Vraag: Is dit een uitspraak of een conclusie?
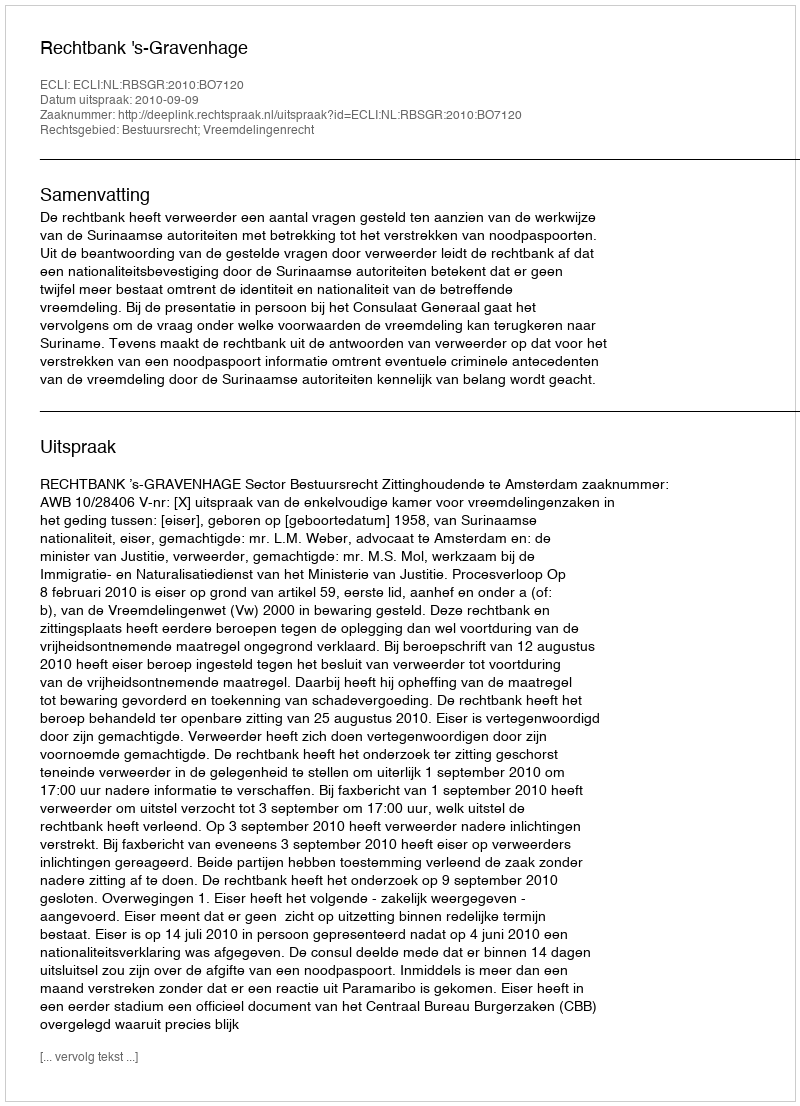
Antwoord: Uitspraak